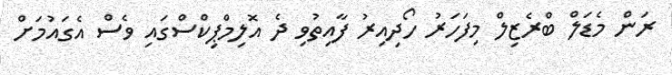
ރަން މެޑަލް ބްރެޒިލް މިފަހަރު ހޯދިއިރު ފާއިތުވި ދެ އޮލިމްޕިކްސްގައި ވެސް އެގައުމަށް